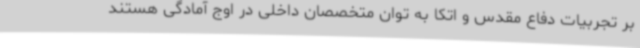
بر تجربیات دفاع مقدس و اتکا به توان متخصصان داخلی در اوج آمادگی هستند